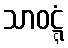
သာဝဋ္ဋံ